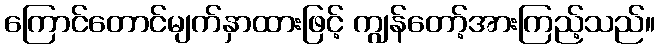
ကြောင်တောင်မျက်နှာထားဖြင့် ကျွန်တော့်အားကြည့်သည်။